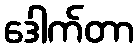
ဒေါက်တာ